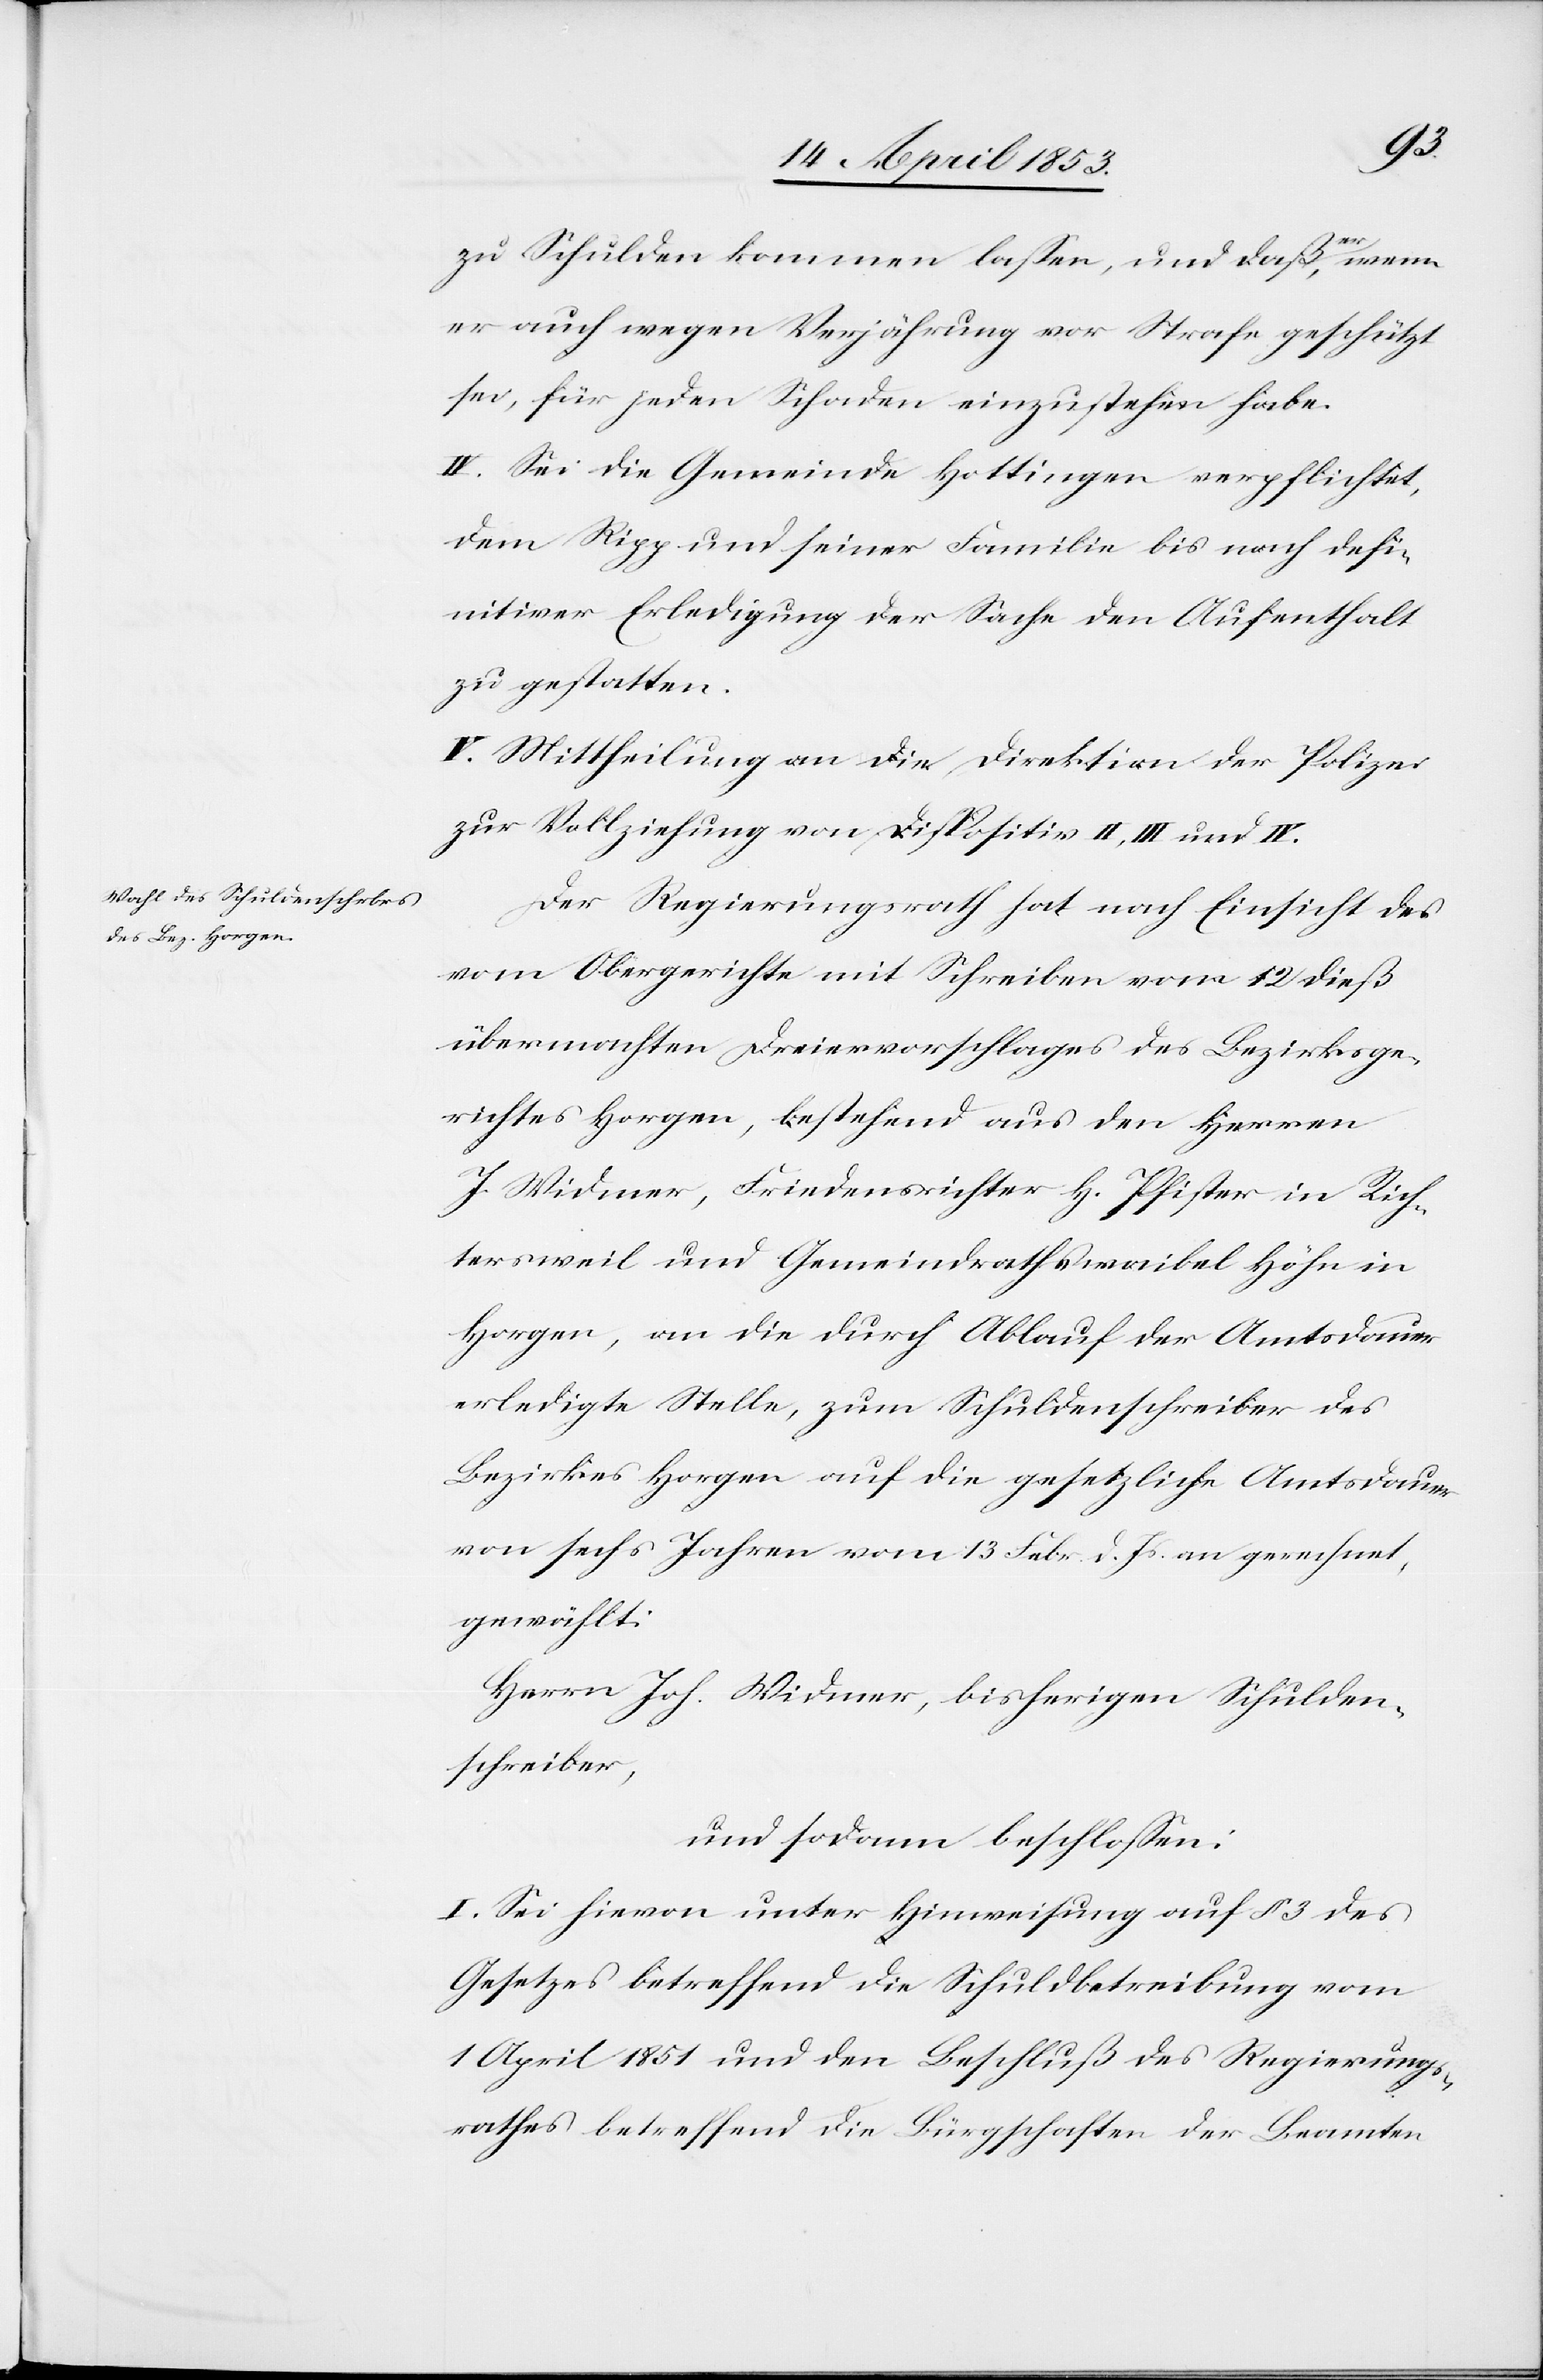
zu Schulden kommen laßen, und daß er, wenn
er auch wegen Verjährung vor Strafe geschützt
sei, für jeden Schaden einzustehen habe.
IV. Sei die Gemeinde Hottingen verpflichtet,
dem Rigg und seiner Familie bis nach defi¬
nitiver Erledigung der Sache den Aufenthalt
zu gestatten.
V. Mittheilung an die Direktion der Polizei
zur Vollziehung von Dispositiv II, III und IV.
Der Regierungsrath hat nach Einsicht des
vom Obergerichte mit Schreiben vom 12 dieß
übermachten Dreiervorschlages des Bezirksge¬
richtes Horgen, bestehend aus den Herren
J. Widmer, Friedensrichter H. Pfister in Rich¬
tersweil und Gemeindrathswaibel Höhn in
Horgen, an die durch Ablauf der Amtsdauer
erledigte Stelle, zum Schuldenschreiber des
Bezirkes Horgen auf die gesetzliche Amtsdauer
von sechs Jahren vom 13. Febr. d. Js. an gerechnet,
gewählt:
Herrn Joh. Widmer, bisherigen Schulden¬
schreiber,
und sodann beschloßen:
I. Sei hievon unter Hinweisung auf § 3 des
Gesetzes betreffend die Schuldbetreibung vom
1 April 1851 und den Beschluß des Regierungs¬
rathes betreffend die Bürgschaften der Beamten